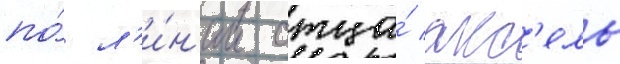
по́ л'и́н'ии отца́ акс'ель